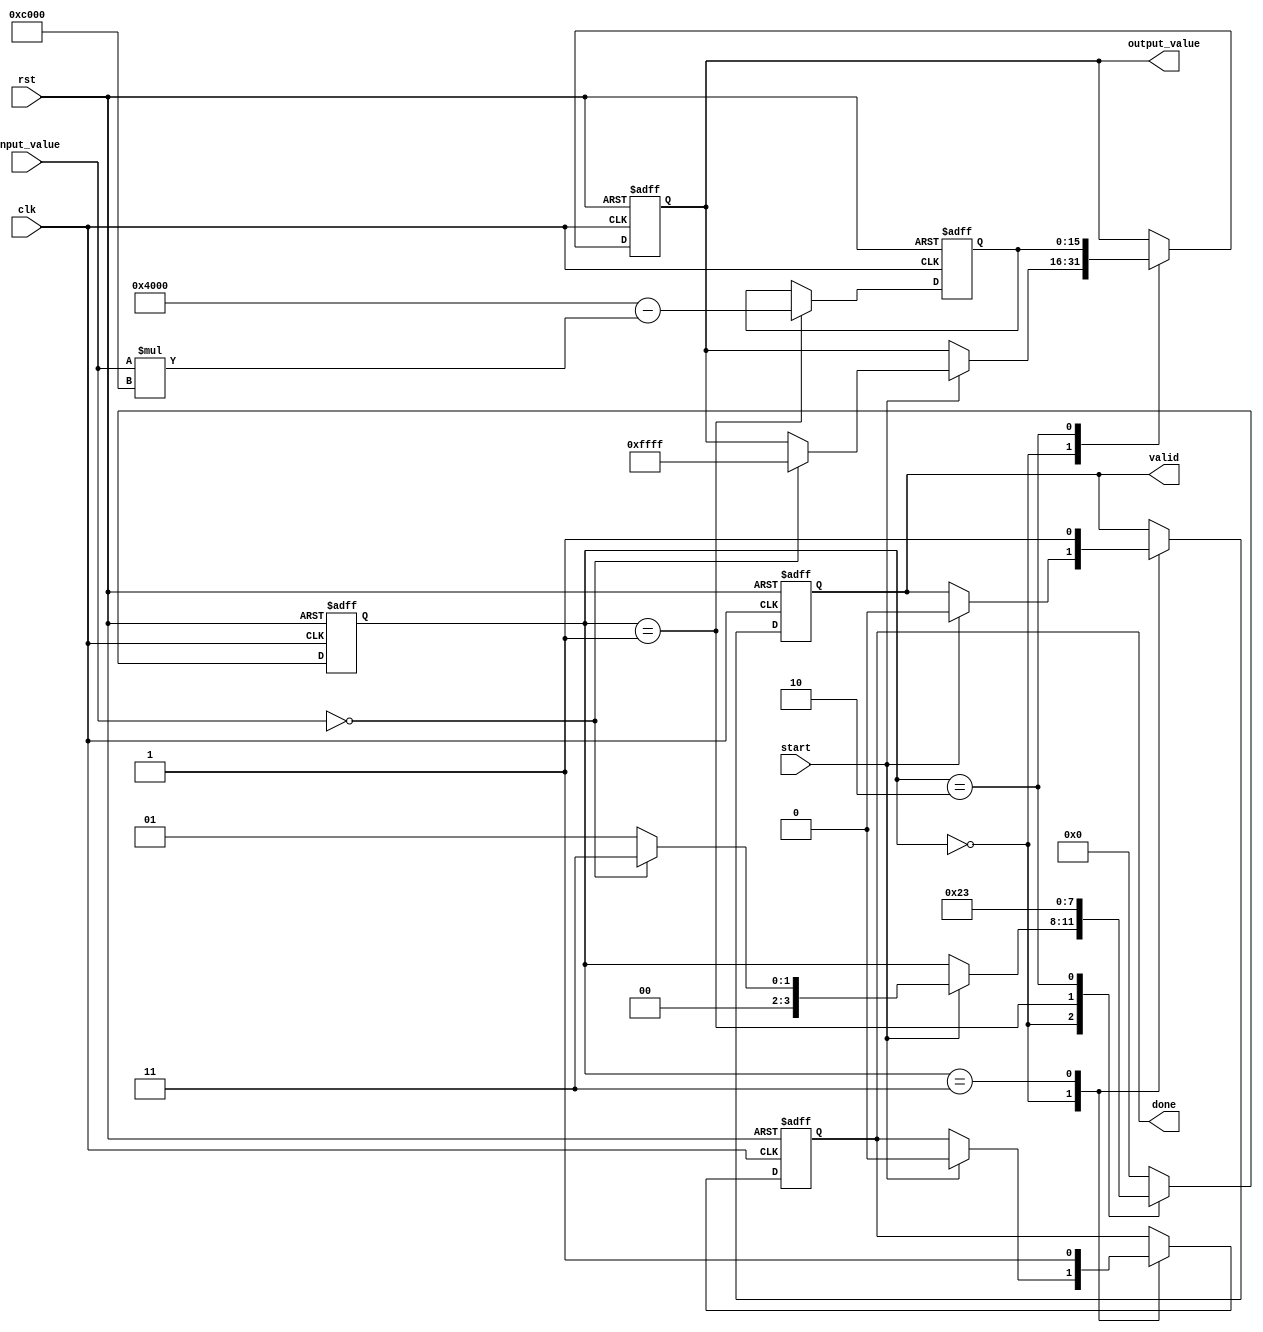
module DirectReciprocalUnit (
    input wire [15:0] input_value,   // 16-bit input value
    input wire start,                 // Control signal to start computation
    input wire clk,                   // Clock signal
    input wire rst,                   // Reset signal
    output reg [15:0] output_value,   // 16-bit output value for the reciprocal
    output reg done,                  // Signal to indicate computation is complete
    output reg valid                  // Signal to indicate output is valid
);

    reg [15:0] approx_value;          // Intermediate approximation value
    reg [3:0] state;                  // State variable for FSM

    // State encoding
    localparam IDLE       = 4'b0000;
    localparam PREPROCESS = 4'b0001;
    localparam CALCULATE  = 4'b0010;
    localparam POSTPROCESS = 4'b0011;
    
    // Polynomial coefficients for approximation (for simplicity)
    parameter a0 = 16'h4000;  // 1.0 in fixed-point
    parameter a1 = 16'hC000;  // -1.0 in fixed-point (example correction term)
    
    // FSM for control
    always @(posedge clk or posedge rst) begin
        if (rst) begin
            state <= IDLE;
            output_value <= 16'h0;
            done <= 1'b0;
            valid <= 1'b0;
            approx_value <= 16'h0;
        end else begin
            case (state)
                IDLE: begin
                    if (start) begin
                        done <= 1'b0;
                        valid <= 1'b0;
                        if (input_value == 16'h0) begin
                            // Handle zero input case
                            output_value <= 16'hFFFF;  // Return a predefined value for zero (infinity)
                            state <= POSTPROCESS;
                        end else begin
                            state <= PREPROCESS;
                        end
                    end
                end
                
                PREPROCESS: begin
                    // Preprocess to handle small values, overflow, etc.
                    approx_value <= (a0 - (input_value * a1)); // Approximate 1/x
                    state <= CALCULATE;
                end
                
                CALCULATE: begin
                    // Calculate the reciprocal (simple approximation)
                    output_value <= approx_value; // Assign the approximation for output
                    state <= POSTPROCESS;
                end
                
                POSTPROCESS: begin
                    done <= 1'b1;           // Indicate computation completion
                    valid <= 1'b1;         // Output is valid
                    state <= IDLE;         // Return to idle state
                end
                
                default: state <= IDLE;
            endcase
        end
    end

endmodule